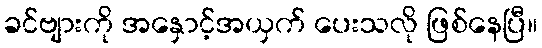
ခင်ဗျားကို အနှောင့်အယှက် ပေးသလို ဖြစ်နေပြီ။